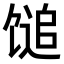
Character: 𫗰